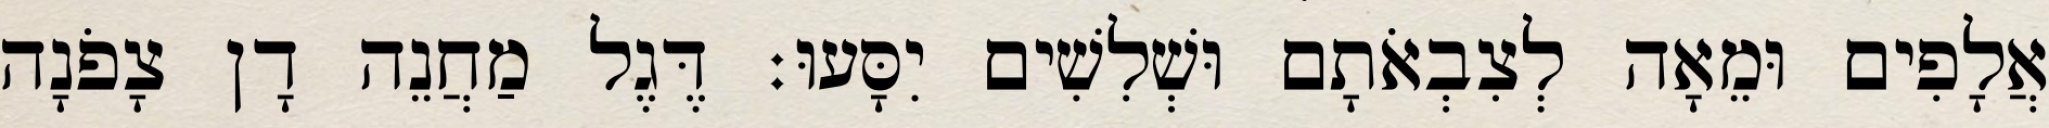
אֲלָפִים וּמֵאָה לְצִבְאֹתָם וּשְׁלִשִׁים יִסָּעוּ׃ דֶּגֶל מַחֲנֵה דָן צָפֹנָה